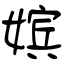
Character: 嫔